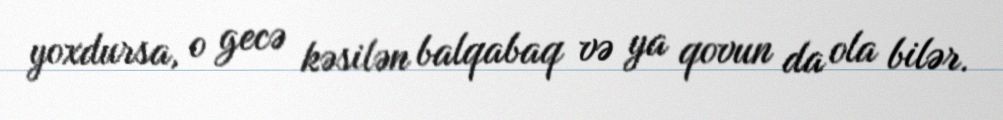
yoxdursa, o gecə kəsilən balqabaq və ya qovun da ola bilər.